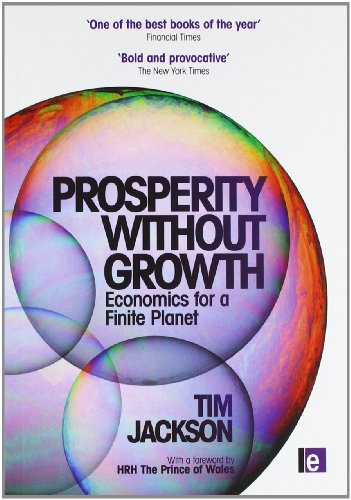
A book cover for Prosperity without Growth: Economics for a Finite Planet; Tim Jackson; Business & Money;